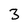
Character: 3